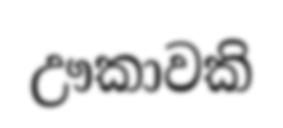
ඌකාවකි